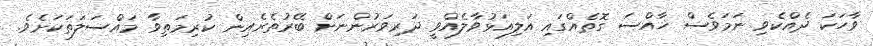
ވާހަކަ ދެއްކެވި ނަމަވެސް ޚާއްސަ ގޮތެއްގައި އަލިއަޅުވާލެއްވީ ދަރިވަރުންނަށް ބޭރުތެރެއިން ކުރިމަތިވާ މައްސަލަތަކަށެވެ.